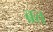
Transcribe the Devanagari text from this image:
ब्रत्त